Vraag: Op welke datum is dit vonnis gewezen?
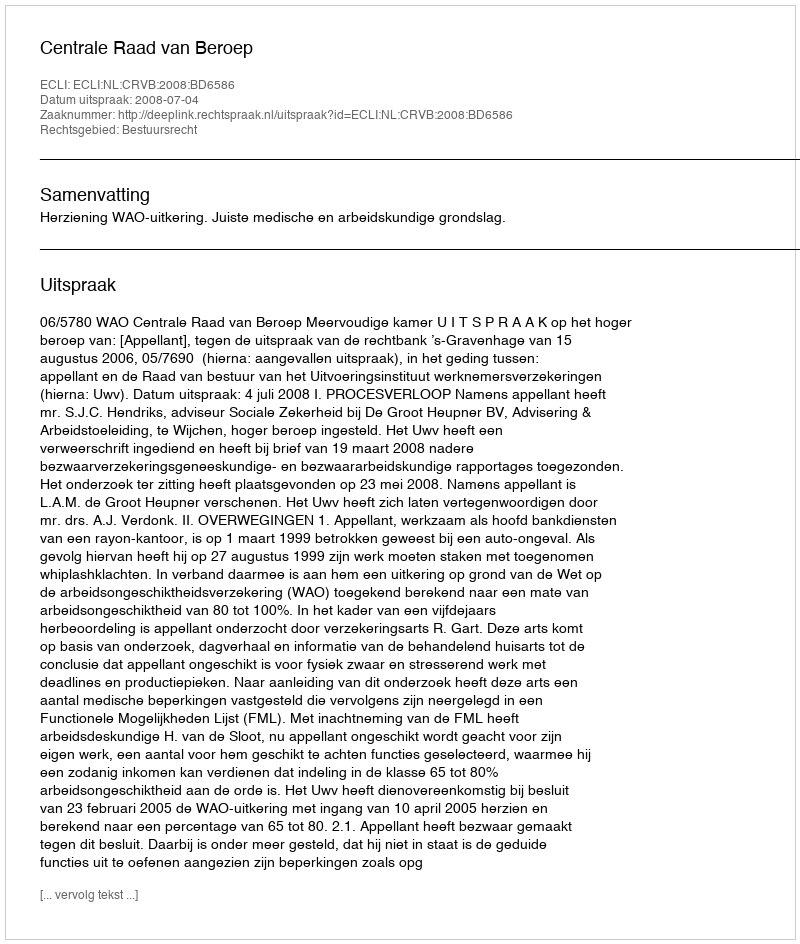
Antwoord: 2008-07-04